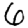
Digit: 6